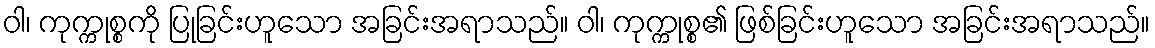
ဝါ၊ ကုက္ကုစ္စကို ပြုခြင်းဟူသော အခြင်းအရာသည်။ ဝါ၊ ကုက္ကုစ္စ၏ ဖြစ်ခြင်းဟူသော အခြင်းအရာသည်။